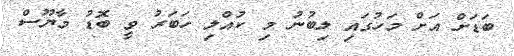
ބަޑަށް އަށް މަހުގައި ލިބުނު މި ކުއްލި ހަބަރު ވީ ބޮޑު މާޔޫސް